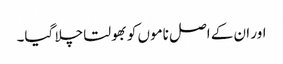
اور ان کے اصل ناموں کو بھولتا چلا گیا۔